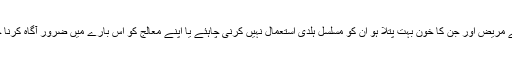
دل کے مریض اور جن کا خون بہت پتلا ہو ان کو مسلسل ہلدی استعمال نہیں کرنی چاہئے یا اپنے معالج کو اس بارے میں ضرور آگاہ کرنا چاہیے۔